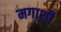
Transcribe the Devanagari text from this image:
मगाशी